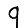
Digit: 9